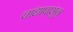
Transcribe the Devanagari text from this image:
चांद्यापासून